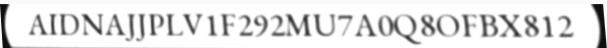
AIDNAJJPLV1F292MU7A0Q8OFBX812